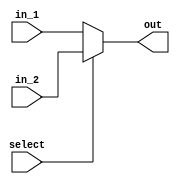
module MUX_2to1_32bit(  in_1, in_2, select,  out);

    input [31:0] in_1 , in_2;
    input select;
    output [31:0] out;
    
    // assign according to select
    assign out = select ? in_2 : in_1;
    
endmodule